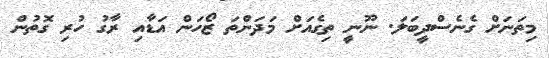
މިތަނަށް ގެނެސްދީބަލަ. ނޫނީ ތިގެއަށް މަދަންތަ ޒޯހަން އަޑާއި ރާގު ހުރި ގޮތުން